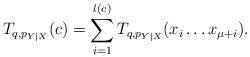
LaTeX: \begin{align*} T_{q,p_{Y|X}}(c)=\sum_{i=1}^{l(c)}T_{q,p_{Y|X}}(x_i\ldots x_{\mu+i}).\end{align*}